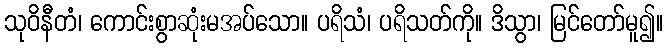
သုဝိနီတံ၊ ကောင်းစွာဆုံးမအပ်သော။ ပရိသံ၊ ပရိသတ်ကို။ ဒိသွာ၊ မြင်တော်မူ၍။